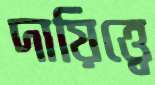
দায়িত্ত্বে